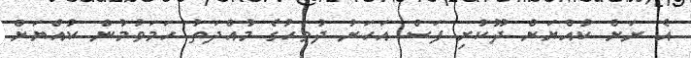
އެ ރަށް ކުއްޔަށް ދޫކުރި ފަސް އަހަރު ދުވަހުގެ މުއްދަތު ހަމަވުމުން ކުއްޔަށް